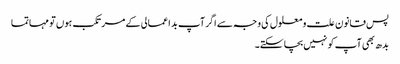
پس قانون علت و معلول کی وجہ سے اگر آپ بد اعمالی کے مرتکب ہوں تو مہاتما
بدھ بھی آپ کو نہیں بچا سکتے۔